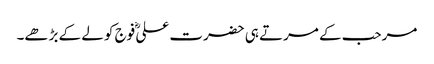
مرحب کے مرتے ہی حضرت علیؓ فوج کو لے کے بڑھے۔